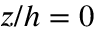
z / h = 0